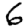
Digit: 6